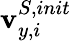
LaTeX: {\mathbf{v}}_{y,i}^{S,init}